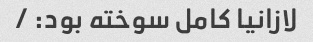
لازانیا کامل سوخته بود: /